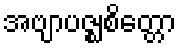
အဗျာပဇ္ဈစိတ္တော